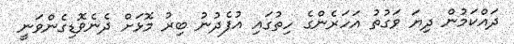
ދައްކަމުން ދިޔަ ވަގުތު އަހަރެންގެ ހިތުގައި އުފެދުނު ބިރު މޮޅަށް ދެނެވޮޑިގެންވަނީ